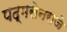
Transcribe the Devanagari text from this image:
पद्मसेनराजे